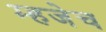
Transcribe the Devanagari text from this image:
म्हजेच